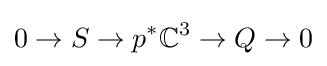
0\to S\to p^{*}\mathbb {C} ^{3}\to Q\to 0